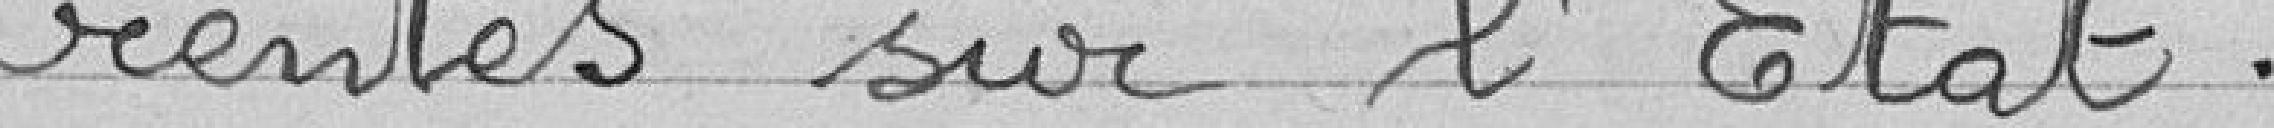
rentes sur l'Etat